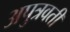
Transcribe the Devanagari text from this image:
अपुत्रवती